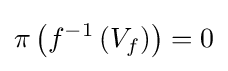
\pi \left(f^{-1}\left(V_{f}\right)\right)=0